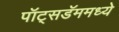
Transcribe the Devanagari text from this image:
पॉट्सडॅममध्ये